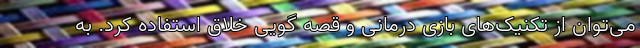
می‌توان از تکنیک‌های بازی درمانی و قصه گویی خلاق استفاده کرد. به